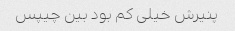
پنیرش خیلی کم بود بین چیپس